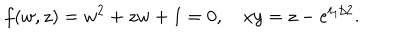
f ( w , z ) = w ^ { 2 } + z w + 1 = 0 , ~ x y = z - e ^ { t _ { 1 } / 2 } .